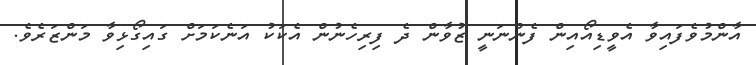
އާންމުވެފައިވާ އެވީޑިއޯއިން ފެންނަނީ ޒުވާން ދެ ފިރިހެނުން އެކަކު އަނެކަމަށް ގައިގޯޅިވާ މަންޒަރެވެ.